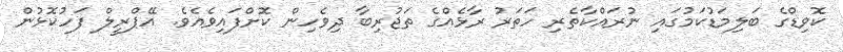
ކޮވިޑްގެ ބަލިމަޑުކަމުގައި ނުރައްކާތެރި ހަތަރު ރާޅެއްގެ ތަޖުރިބާ ދިވެހިން ކޮށްފައިވެއެވެ. އޭޕްރީލް ފަހުކޮޅުން